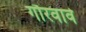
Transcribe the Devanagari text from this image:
गौरवावे